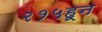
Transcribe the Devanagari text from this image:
२१५हून